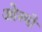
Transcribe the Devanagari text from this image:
ओस्मो